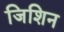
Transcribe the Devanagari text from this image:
जिशिन